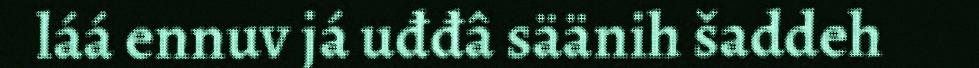
láá ennuv já uđđâ säänih šaddeh